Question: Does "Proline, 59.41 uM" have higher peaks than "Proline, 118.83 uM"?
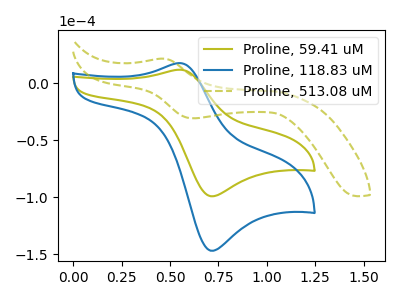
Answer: <think>The olive curve "Proline, 59.41 uM" has an anodic peak at (0.55V, 12.00uA) and a cathodic peak at (0.70V, -99.05uA). The blue curve "Proline, 118.83 uM" has an anodic peak at (0.55V, 17.80uA) and a cathodic peak at (0.70V, -146.90uA). The olive dashed curve "Proline, 513.08 uM" has an anodic peak at (0.45V, 21.70uA) and a cathodic peak at (0.65V, -30.60uA).</think>
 <answer>Every peak in "Proline, 59.41 uM" is lower than every peak in "Proline, 118.83 uM".</answer>
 <eval>lower</eval>